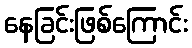
နေခြင်းဖြစ်ကြောင်း